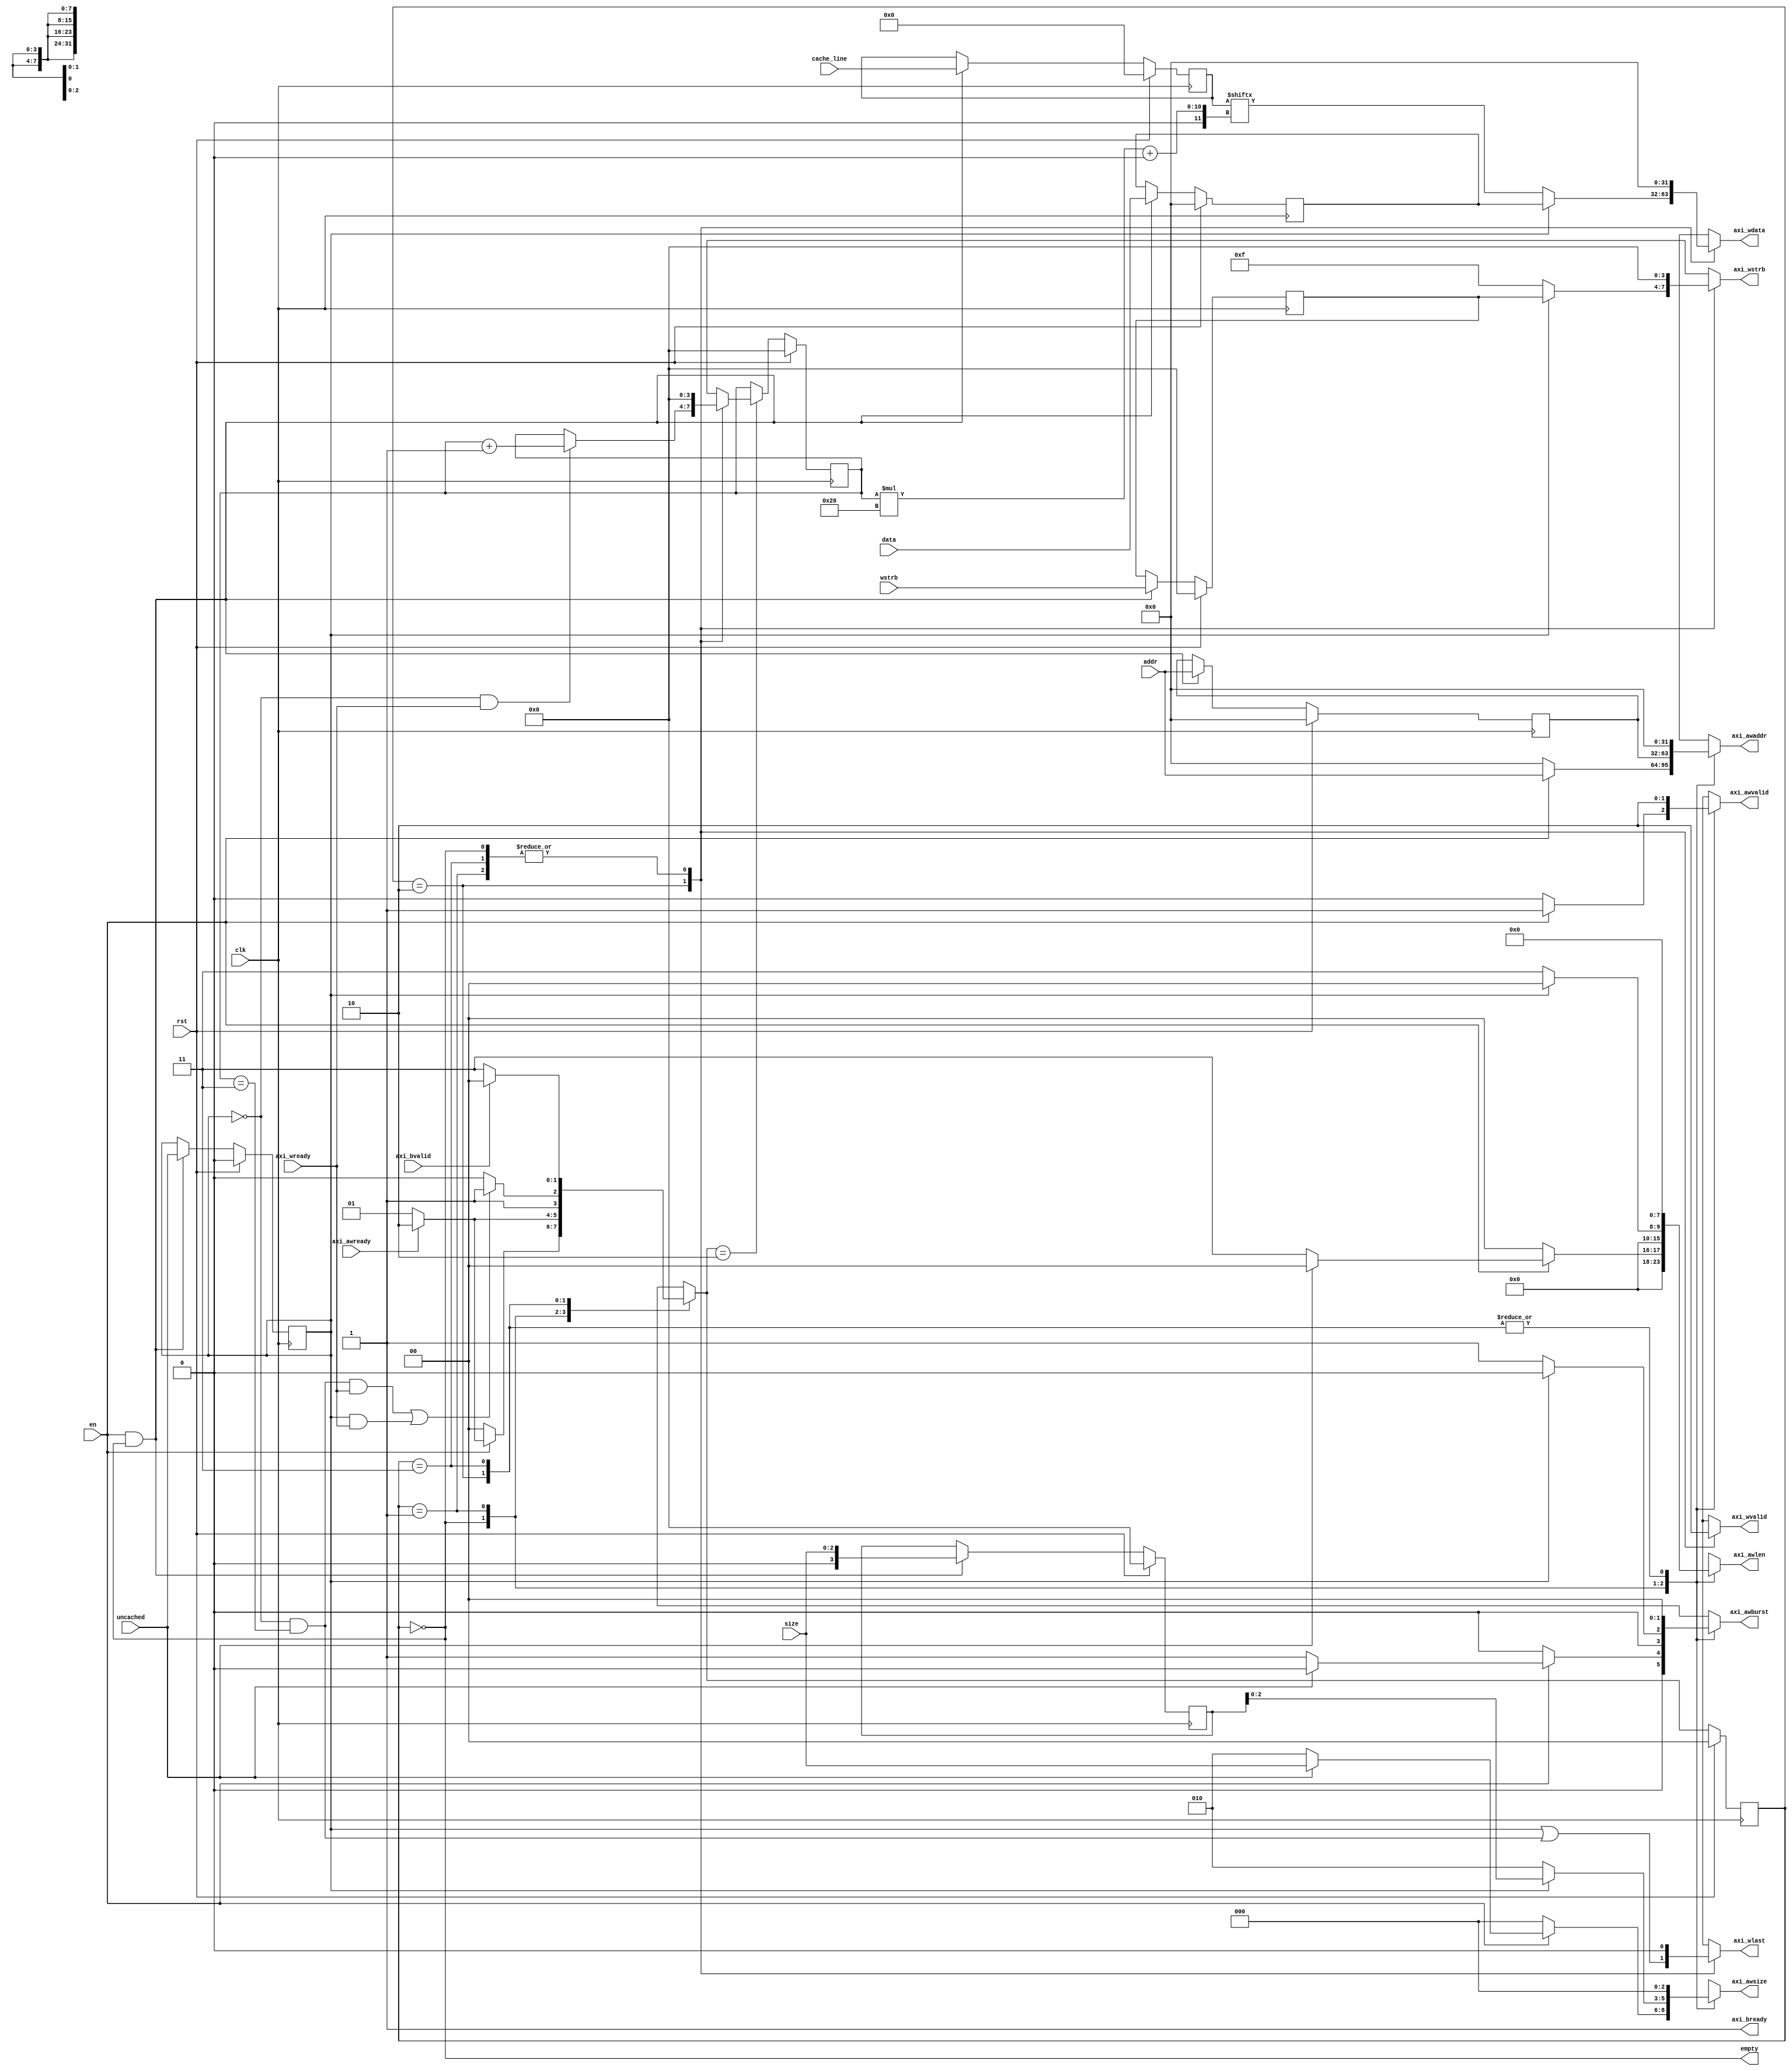
`timescale 1ns / 1ps

module write_axi_buffer #(
    parameter LINE_SIZE = 16
) (
    input   wire                        clk,
    input   wire                        rst,

    input   wire                        en,
    input   wire                        uncached,
    input   wire [31                :0] addr,
    input   wire [2                 :0] size,
    input   wire [3                 :0] wstrb,
    input   wire [31                :0] data,
    input   wire [LINE_SIZE * 8-1   :0] cache_line,
    output  wire                        empty,

    output  reg  [31                :0] axi_awaddr,
    output  reg  [7                 :0] axi_awlen,
    output  reg  [1                 :0] axi_awburst,
    output  reg  [2                 :0] axi_awsize,
    output  reg                         axi_awvalid,
    input   wire                        axi_awready,
    output  reg  [31                :0] axi_wdata,
    output  reg  [3                 :0] axi_wstrb,
    output  reg                         axi_wlast,
    output  reg                         axi_wvalid,
    input   wire                        axi_wready,
    input   wire                        axi_bvalid,
    output  reg                         axi_bready
);

    reg                        uncached_reg;
    reg [31                :0] addr_reg;
    reg [3                 :0] size_reg;
    reg [3                 :0] wstrb_reg;
    reg [31                :0] data_reg;
    reg [LINE_SIZE * 8-1   :0] cache_line_reg;

    localparam IDLE         = 0;
    localparam WAIT_ADDR    = 1;
    localparam WAIT_DATA    = 2;
    localparam WAIT_RESP    = 3;

    reg [1:0] cur_state;
    reg [1:0] next_state;

    reg [3:0] counter;
    reg [3:0] next_counter;

    always @(posedge clk) begin
        if (rst) begin
            cur_state   <= IDLE;
            counter     <= 4'h0;
        end else begin
            cur_state   <= next_state;
            if (next_state == WAIT_DATA) begin
                counter <= next_counter;
            end
        end
    end

    assign empty    = cur_state == IDLE;

    always @(*) begin
        axi_awaddr  = 32'h0;
        axi_awburst = 2'b00;
        axi_awlen   = 8'h0;
        axi_awsize  = 3'h0;
        axi_awvalid = 1'b0;
        axi_wdata   = 32'h0;
        axi_wstrb   = 4'h0;
        axi_wlast   = 1'b0;
        axi_wvalid  = 1'b0;
        axi_bready  = 1'b1;
        next_counter    = 4'h0;
        next_state      = IDLE;
        case (cur_state)
        IDLE: begin
            if (en) begin
                axi_awaddr  = addr;
                axi_awlen   = uncached ? 8'h0 : LINE_SIZE / 4 - 1;
                axi_awburst = uncached ? 2'h0 : 2'b01;
                axi_awsize  = uncached ? size : 3'b010;
                axi_awvalid = 1'b1;
                if (axi_awready) begin
                    next_state  = WAIT_DATA;
                    next_counter= 4'd0;
                end else begin
                    next_state  = WAIT_ADDR;
                end
            end else begin
                next_state = IDLE; 
            end
        end

        WAIT_ADDR: begin
            axi_awaddr  = addr_reg;
            axi_awlen   = uncached_reg ? 8'h0       : LINE_SIZE / 4 - 1;
            axi_awburst = uncached_reg ? 2'h0       : 2'b01;
            axi_awsize  = uncached_reg ? size_reg   : 3'b010;
            axi_awvalid = 1'b1;
            if (axi_awready) begin
                next_state  = WAIT_DATA;
                next_counter= 4'd0;
            end else begin
                next_state  = WAIT_ADDR;
            end
        end

        WAIT_DATA: begin
            axi_wdata   = uncached_reg ? data_reg  : cache_line_reg[counter * 32 +: 32];
            axi_wstrb   = uncached_reg ? wstrb_reg : 4'b1111;
            axi_wlast   = uncached_reg | ~uncached_reg & (counter == (LINE_SIZE/4 - 1));
            axi_wvalid  = 1'b1;

            if (~uncached_reg & (counter == (LINE_SIZE/4 - 1)) & axi_wready | uncached_reg & axi_wready) begin
                next_state = WAIT_RESP;
            end else begin
                next_state = WAIT_DATA;         
            end
            
            if (~uncached_reg & axi_wready) begin
                next_counter    = counter + 4'h1;
            end else begin
                next_counter    = counter;
            end
        end

        WAIT_RESP: begin
            if (axi_bvalid) begin
                next_state      = IDLE;
            end else begin
                next_state      = WAIT_RESP;
            end
        end

        default: begin
            
        end 
        endcase
    end

    always @(posedge clk) begin
        if (rst) begin
            data_reg        <= 32'h0;
            cache_line_reg  <= {LINE_SIZE*8-1{1'b0}};
            uncached_reg    <= 1'b0;
            addr_reg        <= 32'h0;
            size_reg        <= 3'h0;
            wstrb_reg       <= 4'h0;
        end else if (en & (cur_state == IDLE)) begin
            data_reg        <= data;
            cache_line_reg  <= cache_line;
            uncached_reg    <= uncached;
            addr_reg        <= addr;
            size_reg        <= size;
            wstrb_reg       <= wstrb;
        end
    end

endmodule